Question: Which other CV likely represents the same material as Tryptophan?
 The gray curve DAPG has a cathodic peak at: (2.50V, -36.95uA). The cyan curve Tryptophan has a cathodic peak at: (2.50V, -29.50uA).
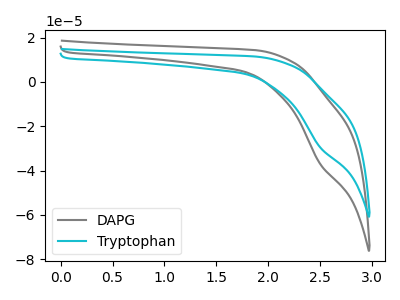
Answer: <think>All the peaks in "DAPG" have a peak in "Tryptophan" at the same potential. Every peak in "DAPG" is higher than every peak in "Tryptophan".
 </think>
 <answer>The CV with the most similar shape to "DAPG" is "Tryptophan".</answer>
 <eval>"Tryptophan"</eval>